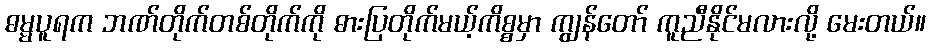
ဓမ္မပူရက ဘဏ်တိုက်တစ်တိုက်ကို ဓားပြတိုက်မယ့်ကိစ္စမှာ ကျွန်တော် ကူညီနိုင်မလားလို့ မေးတယ်။